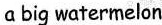
a big watermelon